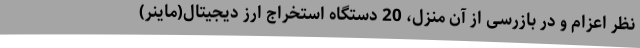
نظر اعزام و در بازرسی از آن منزل، 20 دستگاه استخراج ارز دیجیتال(ماینر)